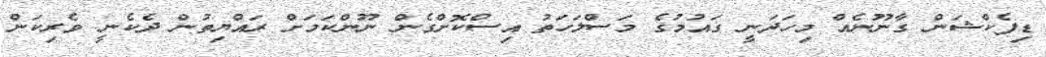
ޑިފެކްޝަން ގާނޫނެއް މިހަދަނީ ގައުމުގެ މަސްލަހަތު އިސްކޮށްގެން ނޫންކަމަށް ރައްޔިތުން ދެކެނީ ވެރިކަން